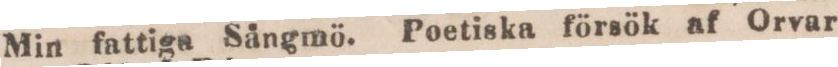
Min fattiga Sångmö. Poetiska försök af Orvar